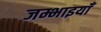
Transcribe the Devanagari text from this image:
जम्भाइयाँ